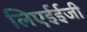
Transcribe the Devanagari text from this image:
लिएईईजी